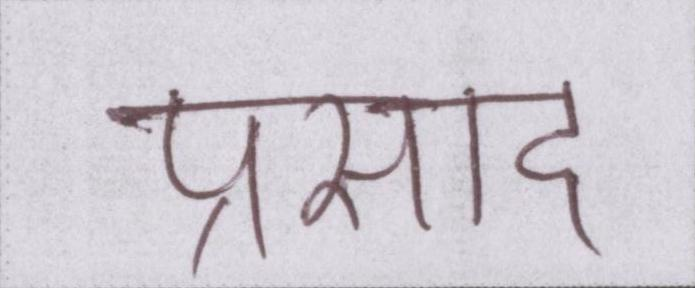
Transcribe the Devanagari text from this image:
प्रसाद